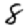
Digit: 8